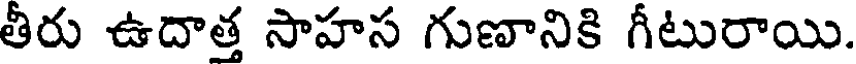
తీరు ఉదాత్త సాహస గుణానికి గీటురాయి.